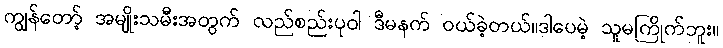
ကျွန်တော့် အမျိုးသမီးအတွက် လည်စည်းပုဝါ ဒီမနက် ဝယ်ခဲ့တယ်။ဒါပေမဲ့ သူမကြိုက်ဘူး။